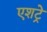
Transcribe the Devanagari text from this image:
एशट्रे